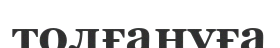
толғануға